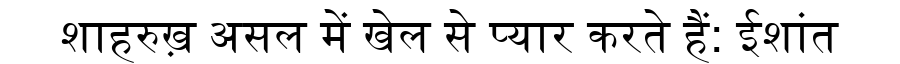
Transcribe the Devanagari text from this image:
शाहरुख़ असल में खेल से प्यार करते हैं: ईशांत